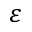
\varepsilon